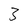
Character: 3